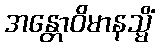
အန္တောဝိမာနသ္မိံ